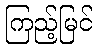
ကြည့်မြင်